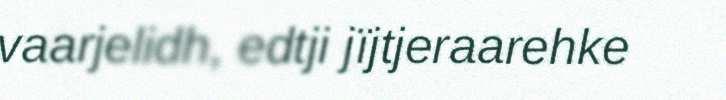
vaarjelidh, edtji jïjtjeraarehke